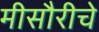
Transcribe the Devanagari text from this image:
मीसौरीचे